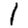
Digit: 1